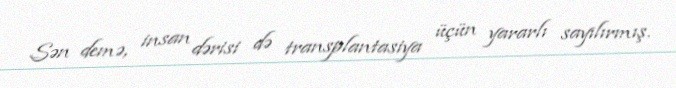
Sən demə, insan dərisi də transplantasiya üçün yararlı sayılırmış.